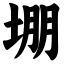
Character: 堋